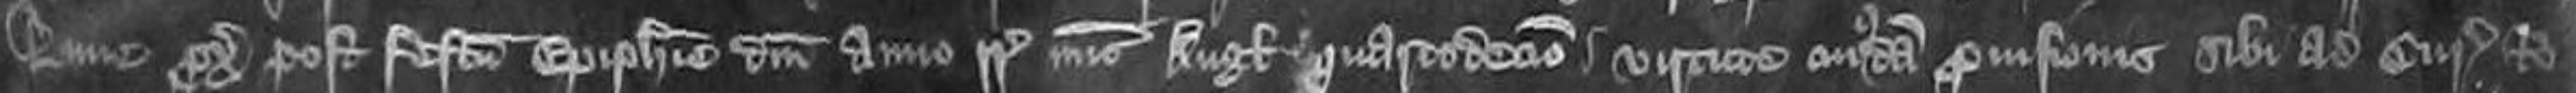
Lune proximo post Festum Epiphanie Domini anno regni Regis nunc Anglie quartodecimo virtute cuiusdam provisionis sibi ad Curiam Ro